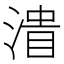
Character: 𰜪